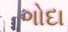
ગોદા